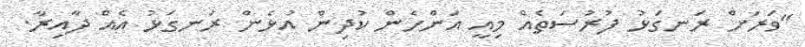
"ވަރަށް ރަނގަޅު ފުރުސަތެއް މިއީ އަންހެން ކުދިން އުޅެން ރަނގަޅު އެއް ދާއިރާ.